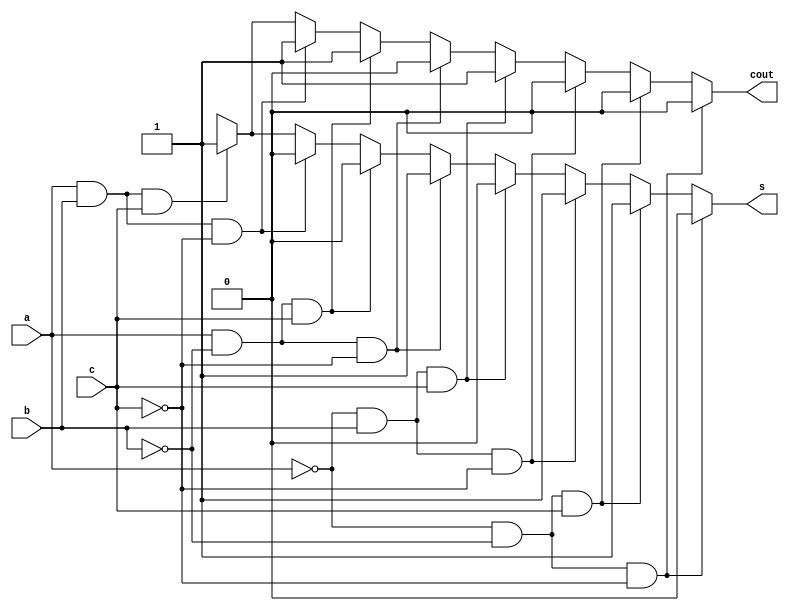
`timescale 1ns / 1ps
//////////////////////////////////////////////////////////////////////////////////
// Company: 
// Engineer: 
// 
// Design Name: 
// Module Name:    fulladder_bh 
// Project Name: 
// Target Devices: 
// Tool versions: 
// Description: 
//
// Dependencies: 
//
// Revision: 
// Revision 0.01 - File Created
// Additional Comments: 
//
//////////////////////////////////////////////////////////////////////////////////
module fulladder_bh(
    input a,b,c,
    output reg s,cout
    );
always@(*)
begin

if(a==0&&b==0&&c==0)begin
s=1'b0;cout=1'b0; end
else if (a==0&&b==0&&c==1)begin
s=1'b1;cout=1'b0; end
else if (a==0&&b==1&&c==0)begin
s=1'b1;cout=1'b0; end
else if (a==0&&b==1&&c==1)begin
s=1'b0;cout=1'b1; end
else if (a==1&&b==0&&c==0)begin
s=1'b1;cout=1'b0; end
else if (a==1&&b==0&&c==1)begin
s=1'b0;cout=1'b1; end
else if (a==1&&b==1&&c==0)begin
s=1'b0;cout=1'b1; end
else if (a==1&&b==1&&c==1)begin
s=1'b1;cout=1'b1; end
else begin s=1'bx;cout=1'bx; end

end
endmodule